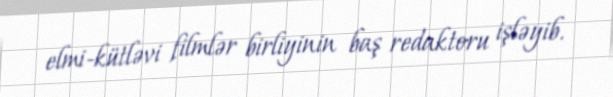
elmi-kütləvi filmlər birliyinin baş redaktoru işləyib.